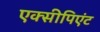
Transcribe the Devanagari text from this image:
एक्सीपिएंट